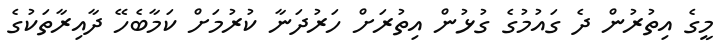
މީގެ އިތުރުން ދެ ގައުމުގެ ގުޅުން އިތުރަށް ހަރުދަނާ ކުރުމަށް ކަމާބެހޭ ދާއިރާތަކުގެ